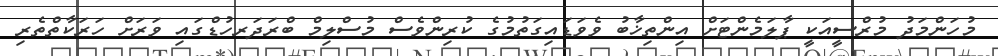
މުހަންމަދު މުރްސީއަކީ ޕާލަމެންޓަށް އިންތިޚާބު ވެވަޑައިގަތުމުގެ ކުރިންވެސް މުސްލިމް ބްރަދަރހުޑްގައި ވަރަށް ހަރަކާތްތެރި